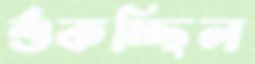
শুঁকচ্ছিল